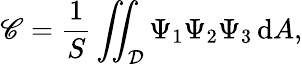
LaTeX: \mathscr{C}=\frac{1}{S}\iint_{\mathcal{D}}\Psi_{1}\Psi_{2}\Psi_{3}\, \mathrm{d}A,